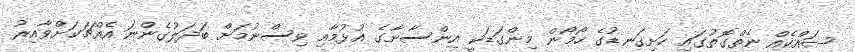
ޝައްކެއް ނެތްގޮތުގައި ހަށިގަނޑުގެ ހޯމޯން މިންގަޑަކީ އިންސާނާގެ އުޅުމާއި ވިސްނުމަށް ބަދަލުގެންނަ އެއްޗަކަށްވާއިރު